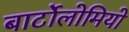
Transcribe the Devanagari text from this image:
बार्टोलोमियो